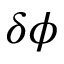
\delta \phi